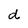
Character: d